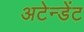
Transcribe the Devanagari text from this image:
अटेन्डेंट